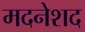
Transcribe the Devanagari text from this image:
मदनेशद